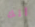
أنك